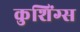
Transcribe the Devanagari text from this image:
कुशिंग्स